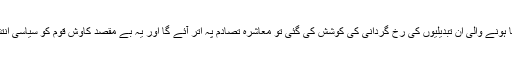
ماضی کی طرح اگر اب بھی طاقت کے ذریعے ذہن انسانی میں رونما ہونے والی ان تبدیلیوں کی رخ گردانی کی کوشش کی گئی تو معاشرہ تصادم پہ اتر آئے گا اور یہ بے مقصد کاوش قوم کو سیاسی انتشار سے دوچار کر کے سوائے مایوسی کے کچھ نہیں دے پائے گی ۔